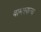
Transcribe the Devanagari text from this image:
वामस्कन्ध